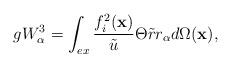
LaTeX: \begin{align*}gW_{\alpha }^{3}=\int_{ex}\frac{f_{i}^{2}(\mathbf{x})}{\tilde{u}}\Theta \tilde{r}r_{\alpha }d\Omega (\mathbf{x}), \end{align*}